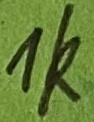
Text: 1k